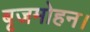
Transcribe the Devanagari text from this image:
बृजमोहन।